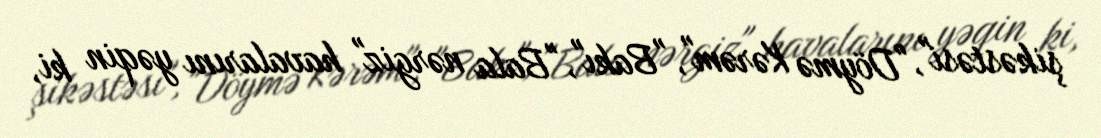
şikəstəsi", "Döymə Kərəm", "Bakı", "Bala nərgiz" havalarını yəqin ki,